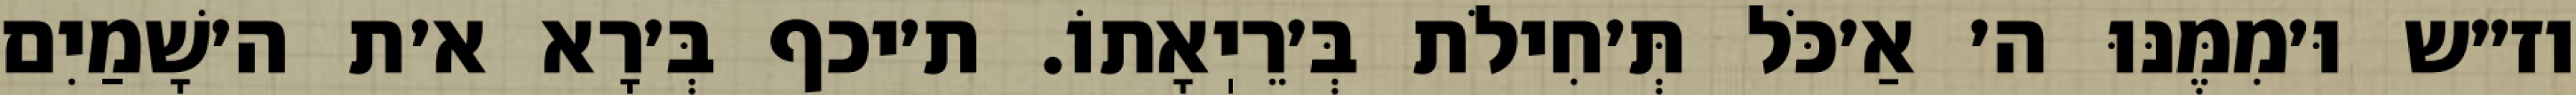
וז״ש וּ׳מִמֶּנּוּ ה׳ אַ׳כֹּל תְּ׳חִילֹת בְּ׳רֵיֽאָתוֹ. ת׳יכף בְּ׳רָא א׳ת ה׳שָׁמַיִם